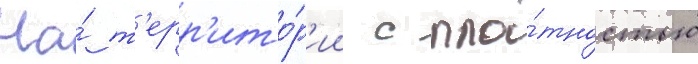
На́ т'ерр'ито́р'ии с пло́тностью